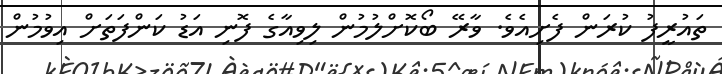
ތައުރީފު ކުރަން ފެށިއެވެ. ވާރޭ ބޯކޮށްލުމުން ލިވިއާގެ ފޮނި އަޑު ކަންފަތަށް އިވުމުން